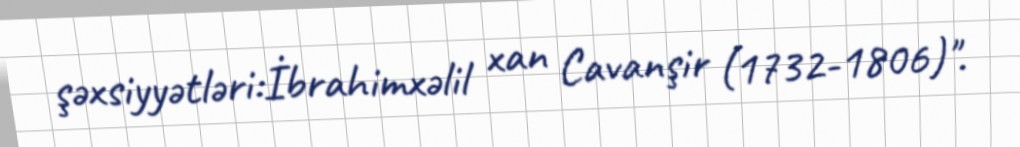
şəxsiyyətləri:İbrahimxəlil xan Cavanşir (1732-1806)".